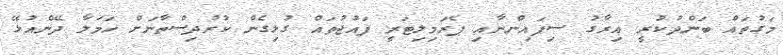
މަގުތައް ބަންދުކުރީ އިރާގު ސިފައިންނާއި ޕެރަމިލިޓަރީ ފައުޖުތައް ގުޅިގެން ކުރުދިސްތާނަށް ހަމަލާ ދޭންއުޅޭ